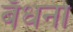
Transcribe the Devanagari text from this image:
बँधना